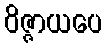
ဝိဇ္ဇာယပေ